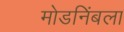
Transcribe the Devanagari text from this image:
मोडनिंबला